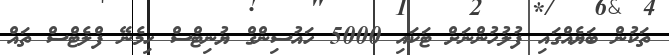
ތަކުން ބަޔެއްގައި ފުލުހުންނަށް ޓަކައި 5000 ހައުސިންގް ޔުނިޓްސް ހިމެނޭ ފްލެޓްސް ތައް